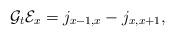
LaTeX: \begin{align*} \mathcal G_t \mathcal E_x = j_{x-1,x} - j_{x,x+1} ,\end{align*}